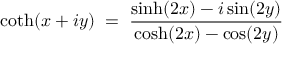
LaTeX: \coth ( x + i y ) \; = \; \frac { \sinh ( 2 x ) - i \sin ( 2 y ) } { \cosh ( 2 x ) - \cos ( 2 y ) }